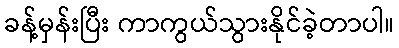
ခန့်မှန်းပြီး ကာကွယ်သွားနိုင်ခဲ့တာပါ။